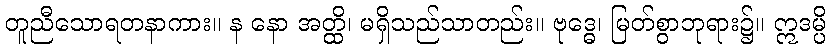
တူညီသောရတနာကား။ န နော အတ္ထိ၊ မရှိသည်သာတည်း။ ဗုဒ္ဓေ၊ မြတ်စွာဘုရား၌။ ဣဒမ္ပိ